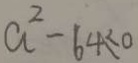
a ^ { 2 } - 6 4 \leq 0